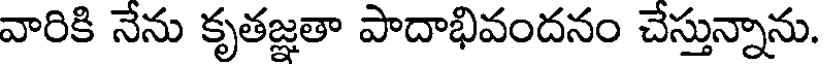
వారికి నేను కృతజ్ఞతా పాదాభివందనం చేస్తున్నాను.